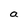
Character: a